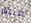
منقار